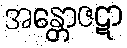
အန္တောဇဋာ